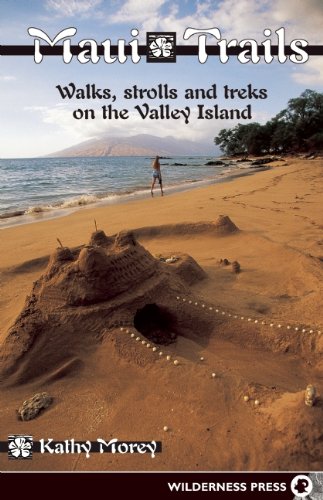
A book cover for Maui Trails: Walks strolls and treks on the Valley Island (Maui Trails: Walks, Strolls, & Treks on the Valley Island); Kathy Morey; Travel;